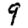
Digit: 9